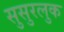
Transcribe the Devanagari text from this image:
सुसुरलुक